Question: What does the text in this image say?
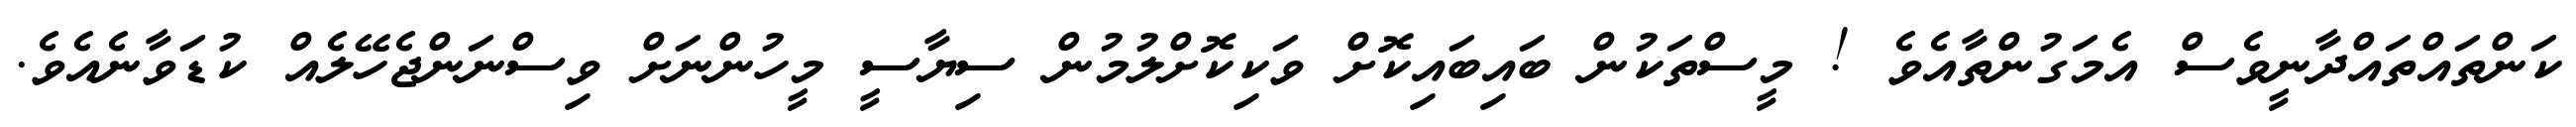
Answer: ކަންތައްތައްދާނީވެސް އެމަގުންތާއެވެ ! މީސްތަކުން ބައިބައިކޮށް ވަކިކޮށްލުމުން ސިޔާސީ މީހުންނަށް ވިސްނަންޖެހޭލެއް ކުޑަވާނެއެވެ.